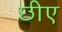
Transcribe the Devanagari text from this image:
छीए